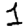
Digit: 1